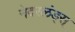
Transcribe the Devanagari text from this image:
नेदरलंड्स्